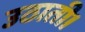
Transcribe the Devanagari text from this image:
उठाती।